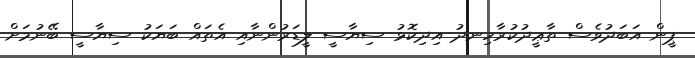
ޕީން އަބަދުވެސް ތާޢީދުކުރާހިނދު އިދިކޮޅު ސިޔާސީ ލީޑަރުންނާއި އެތައް ބަޔަކު ސިޔާސީ ބޭނުމަށް